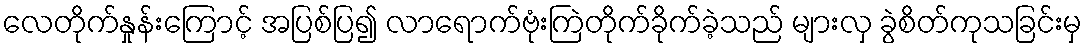
လေတိုက်နှုန်းကြောင့် အပြစ်ပြ၍ လာရောက်ဗုံးကြဲတိုက်ခိုက်ခဲ့သည် များလှ ခွဲစိတ်ကုသခြင်းမှ